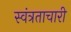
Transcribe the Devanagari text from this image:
स्वंत्रताचारी